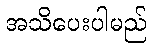
အသိပေးပါမည်